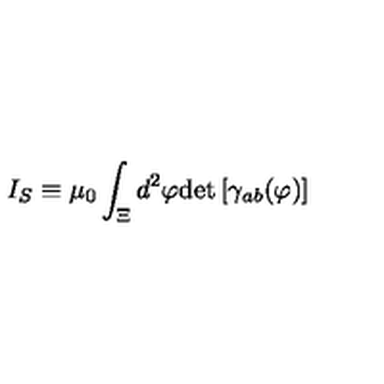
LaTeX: I _ { S } \equiv \mu _ { 0 } \int _ { \Xi } d ^ { 2 } \varphi \mathrm { d e t } \left[ \gamma _ { a b } ( \varphi ) \right]